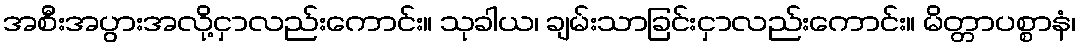
အစီးအပွားအလို့ငှာလည်းကောင်း။ သုခါယ၊ ချမ်းသာခြင်းငှာလည်းကောင်း။ မိတ္တာပစ္စာနံ၊